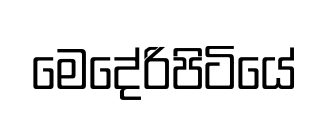
මෙදේරිපිටියේ